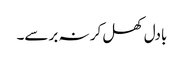
بادل کھل کر نہ برسے۔